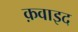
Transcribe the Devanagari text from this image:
क़वाइद